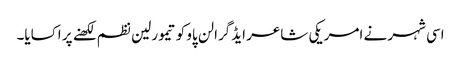
اسی شہر نے امریکی شاعر ایڈگرالن پاو کو تیمورلین نظم لکھنے پر اکسایا۔